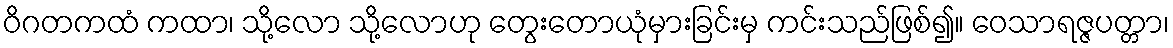
ဝိဂတကထံ ကထာ၊ သို့လော သို့လောဟု တွေးတောယုံမှားခြင်းမှ ကင်းသည်ဖြစ်၍။ ဝေသာရဇ္ဇပတ္တာ၊